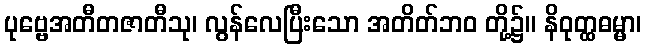
ပုဗ္ဗေအတီတဇာတီသု၊ လွန်လေပြီးသော အတိတ်ဘဝ တို့၌။ နိဝုတ္ထဓမ္မာ၊